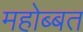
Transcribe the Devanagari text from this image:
महोब्बत